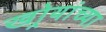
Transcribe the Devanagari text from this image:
खोर्‍यांच्या